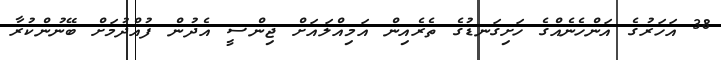
38 އަހަރުގެ އަންހެނެއްގެ ހަށިގަނޑުގެ ތެރެއިން އަމިއްލައަށް ޖިންސީ އެދުން ފުއްދުމަށް ބޭނުންކުރާ